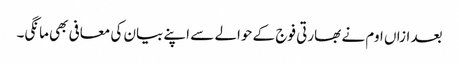
بعد ازاں اوم نے بھارتی فوج کے حوالے سے اپنے بیان کی معافی بھی مانگی۔